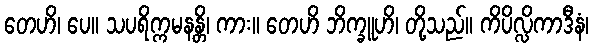
တေဟိ၊ ပေ။ သပရိက္ကမနန္တိ၊ ကား။ တေဟိ ဘိက္ခူဟိ၊ တို့သည်။ ကိပိလ္လိကာဒီနံ၊